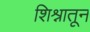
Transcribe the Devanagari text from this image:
शिश्नातून